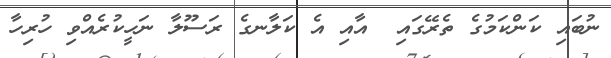
ނުބައި ކަންކަމުގެ ތެރޭގައި  އާއި އެ ކަލާނގެ ރަސޫލާ ނަހީކުރެއްވި ހުރިހާ